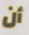
أن